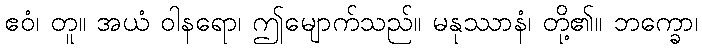
ဧဝံ၊ တူ။ အယံ ဝါနရော၊ ဤမျောက်သည်။ မနုဿာနံ၊ တို့၏။ ဘက္ခော၊